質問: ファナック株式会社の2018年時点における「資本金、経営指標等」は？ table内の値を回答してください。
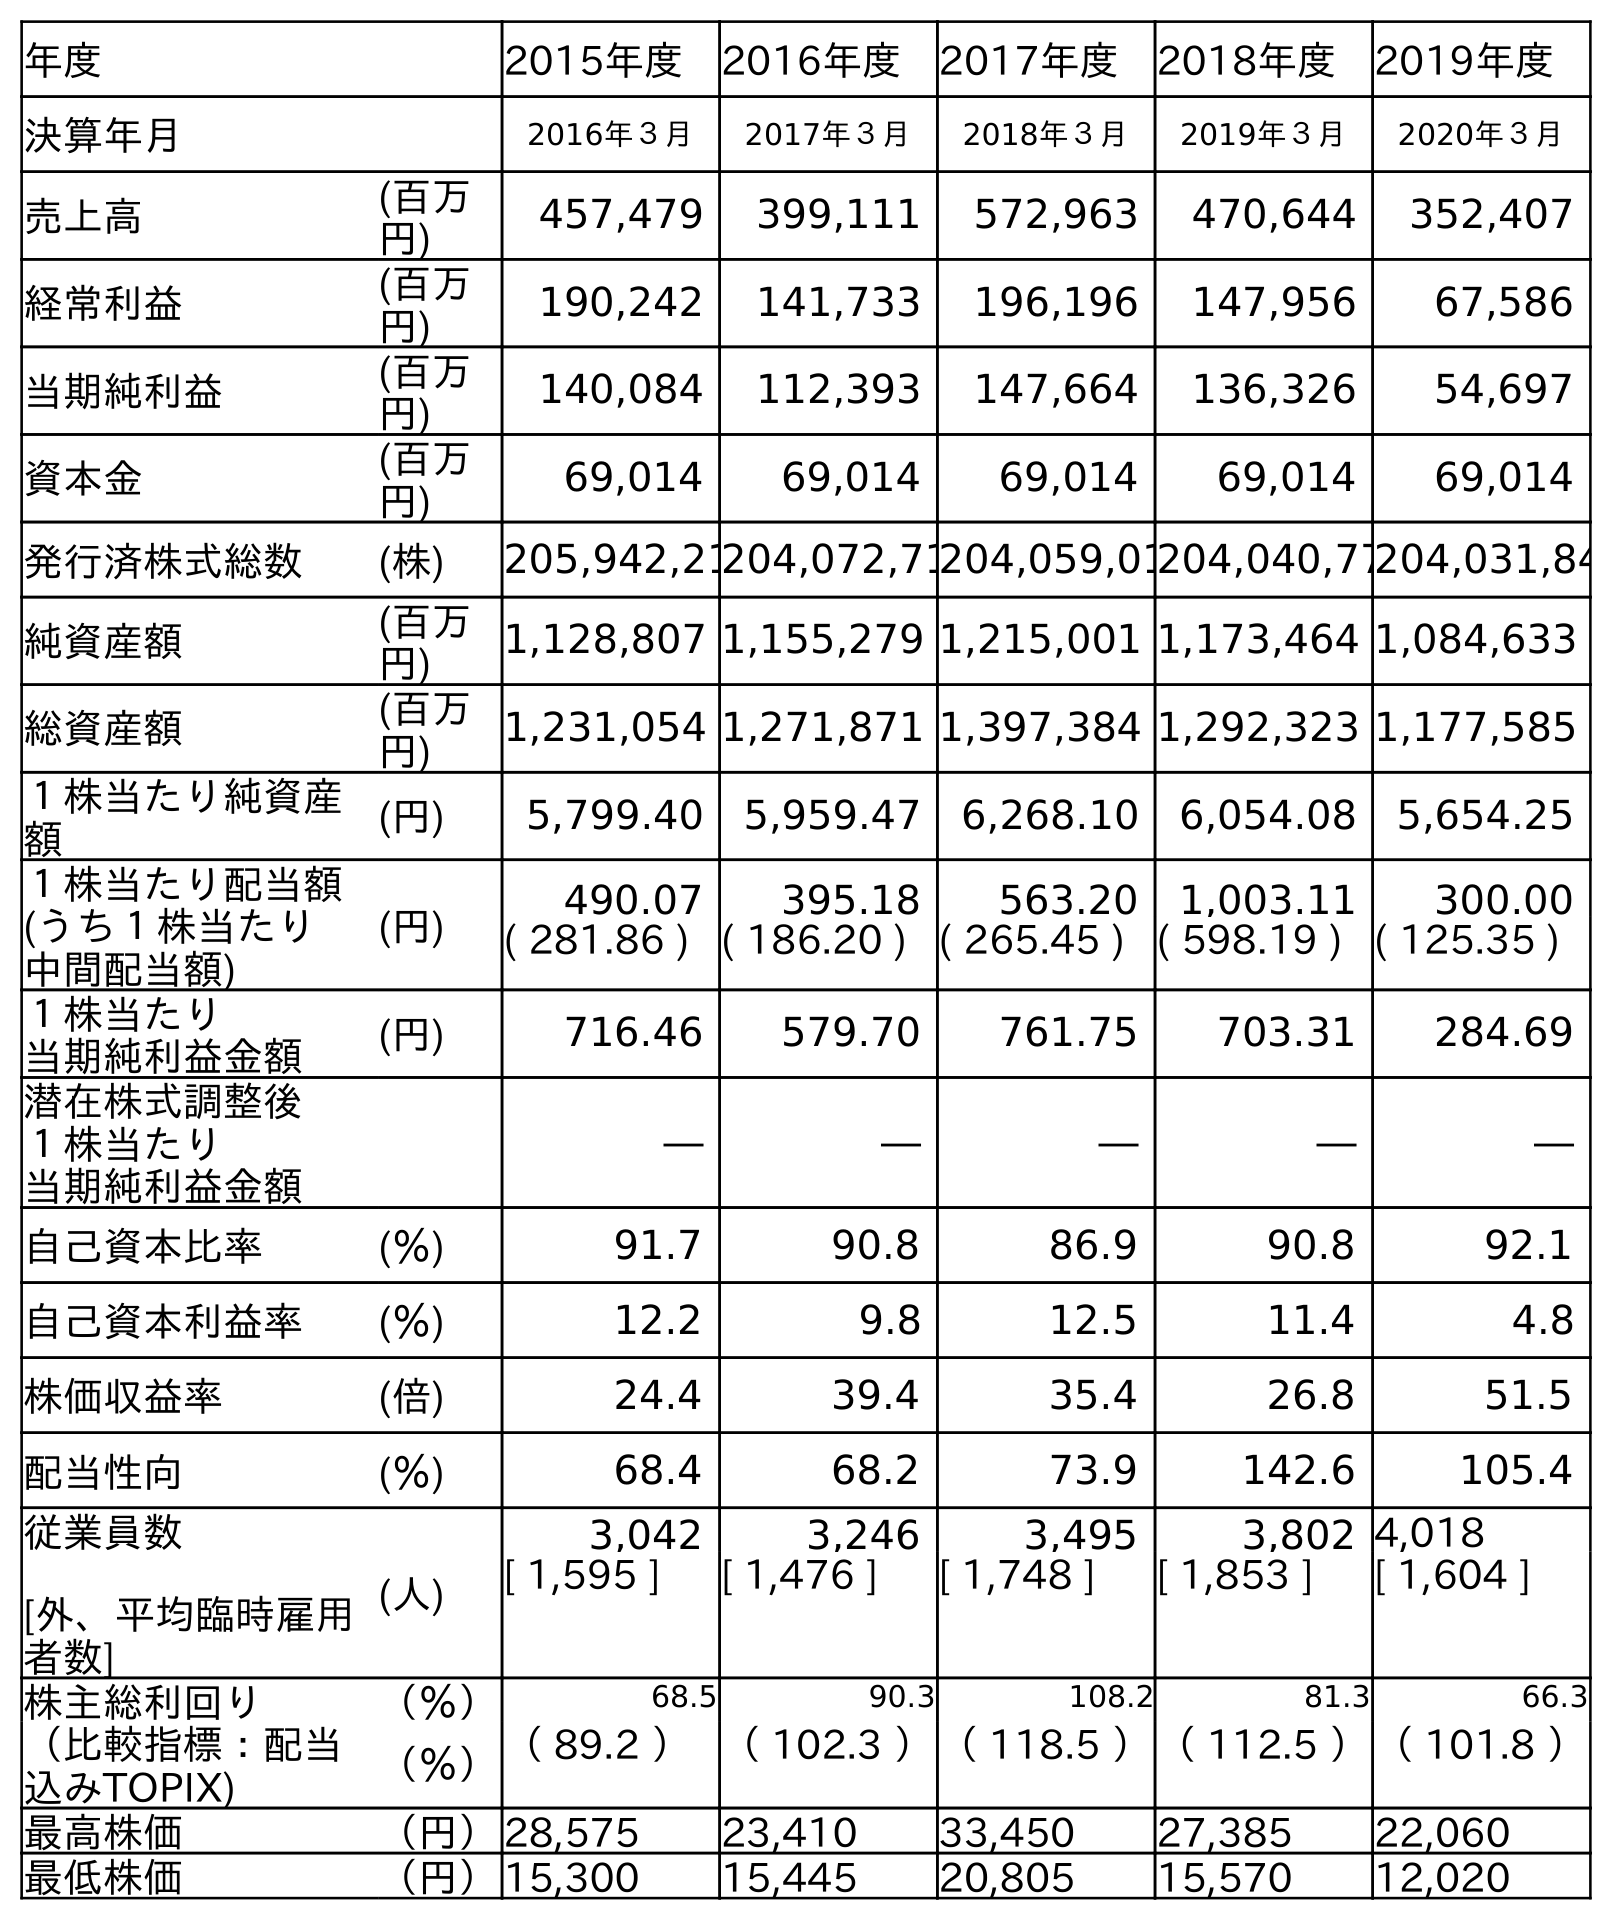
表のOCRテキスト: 年度 2015年度 2016年度 2017年度 2018年度 2019年度 決算年月 2016年３月 2017年３月 2018年３月 2019年３月 2020年３月 売上高 (百万 円) 457,479 399,111 572,963 470,644 352,407 経常利益 (百万 円) 190,242 141,733 196,196 147,956 67,586 当期純利益 (百万 円) 140,084 112,393 147,664 136,326 54,697 資本金 (百万 円) 69,014 69,014 69,014 69,014 69,014 発行済株式総数 (株) 205,942,21204,072,71204,059,01204,040,77204,031,84 純資産額 (百万 円) 1,128,807 1,155,279 1,215,001 1,173,464 1,084,633 総資産額 (百万 円) 1,231,054 1,271,871 1,397,384 1,292,323 1,177,585 １株当たり純資産 額 (円) 5,799.40 5,959.47 6,268.10 6,054.08 5,654.25 １株当たり配当額 (うち１株当たり 中間配当額) (円) 490.07 395.18 563.20 1,003.11 300.00 ( 281.86 ) ( 186.20 ) ( 265.45 ) ( 598.19 ) ( 125.35 ) １株当たり 当期純利益金額 (円) 716.46 579.70 761.75 703.31 284.69 潜在株式調整後 １株当たり 当期純利益金額 ― ― ― ― ― 自己資本比率 (％) 91.7 90.8 86.9 90.8 92.1 自己資本利益率 (％) 12.2 9.8 12.5 11.4 4.8 株価収益率 (倍) 24.4 39.4 35.4 26.8 51.5 配当性向 (％) 68.4 68.2 73.9 142.6 105.4 従業員数 [外、平均臨時雇用 者数] (人) 3,042 3,246 3,495 3,802 4,018 [ 1,595 ] [ 1,476 ] [ 1,748 ] [ 1,853 ] [ 1,604 ] 株主総利回り （％） 68.5 90.3 108.2 81.3 66.3 （比較指標：配当 込みTOPIX) （％）（ 89.2 ）（ 102.3 ）（ 118.5 ）（ 112.5 ）（ 101.8 ） 最高株価 （円）28,575 23,410 33,450 27,385 22,060 最低株価 （円）15,300 15,445 20,805 15,570 12,020
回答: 69,014